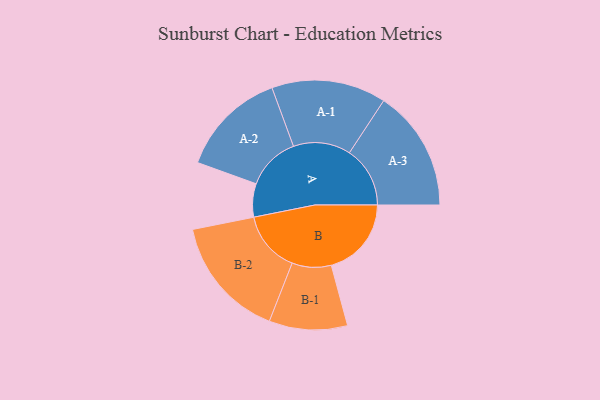
{"axis": {"x": "Segment", "y": "Value"}, "legend": ["", "A", "B"], "data": [{"x": "A", "y": 149, "type": ""}, {"x": "B", "y": 358, "type": ""}, {"x": "A-1", "y": 256, "type": "A"}, {"x": "A-2", "y": 239, "type": "A"}, {"x": "A-3", "y": 271, "type": "A"}, {"x": "B-1", "y": 175, "type": "B"}, {"x": "B-2", "y": 274, "type": "B"}]}